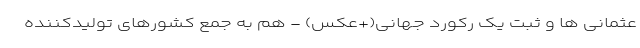
عثمانی ها و ثبت یک رکورد جهانی(+عکس) - هم به جمع کشورهای تولیدکننده